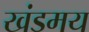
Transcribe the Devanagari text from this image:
खंडमय